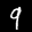
Label: 9